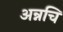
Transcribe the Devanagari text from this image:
अन्नचि